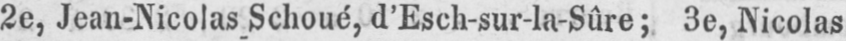
2e, Jean-Nicolas Schoué, d’Esch-sur-la-Sûre; 3e, Nicolas